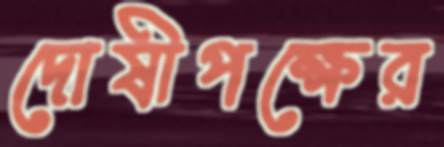
দোষীপক্ষের